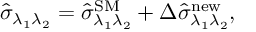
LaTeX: \hat { \sigma } _ { \lambda _ { 1 } \lambda _ { 2 } } = \hat { \sigma } _ { \lambda _ { 1 } \lambda _ { 2 } } ^ { \mathrm { S M } } + \Delta \hat { \sigma } _ { \lambda _ { 1 } \lambda _ { 2 } } ^ { \mathrm { n e w } } ,